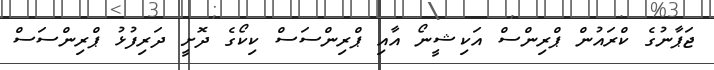
ޖަޕާނުގެ ކްރައުން ޕްރިންސް އަކިޝީނޯ އާއި ޕްރިންސަސް ކިކޯގެ ދޮށީ ދަރިފުޅު ޕްރިންސަސް